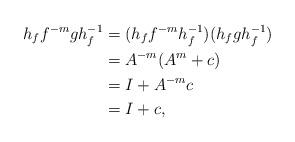
LaTeX: \begin{align*}h_f f^{-m}g h_f^{-1}& = (h_f f^{-m} h_f^{-1}) ( h_f g h_f^{-1}) \\& = A^{-m}(A^{m} + c) \\& = I + A^{-m}c \\& = I + c,\end{align*}